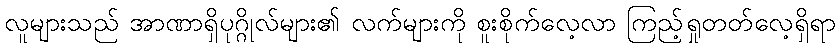
လူများသည် အာဏာရှိပုဂ္ဂိုလ်များ၏ လက်များကို စူးစိုက်လေ့လာ ကြည့်ရှုတတ်လေ့ရှိရာ